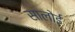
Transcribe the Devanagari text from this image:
सालोई